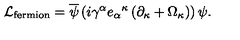
{ \cal L } _ { \mathrm { f e r m i o n } } = { \overline { \psi } } \left( i \gamma ^ { \alpha } { e _ { \alpha } } ^ { \kappa } \left( \partial _ { \kappa } + \Omega _ { \kappa } \right) \right) \psi .